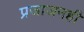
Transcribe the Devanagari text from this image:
प्रजाजनही